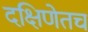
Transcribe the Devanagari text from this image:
दक्षिणेतच